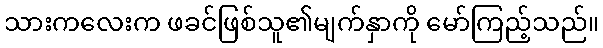
သားကလေးက ဖခင်ဖြစ်သူ၏မျက်နှာကို မော်ကြည့်သည်။